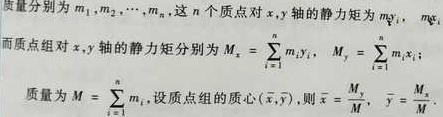
质量分别为$m_1,m_2,\cdots,m_n$，这$n$个质点对$x,y$轴的静力矩为$m_{y_i},m_{x_i}$，而质点组对$x,y$轴的静力矩分别为$M_x = \sum_{i = 1}^{n}m_iy_i$，$M_y = \sum_{i = 1}^{n}m_ix_i$；质量为$M = \sum_{i = 1}^{n}m_i$，设质点组的质心$(\overline{x},\overline{y})$，则$\overline{x} = \frac{M_y}{M}$，$\overline{y} = \frac{M_x}{M}$。